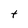
Character: t